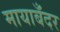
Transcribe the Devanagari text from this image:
मायाबँदर